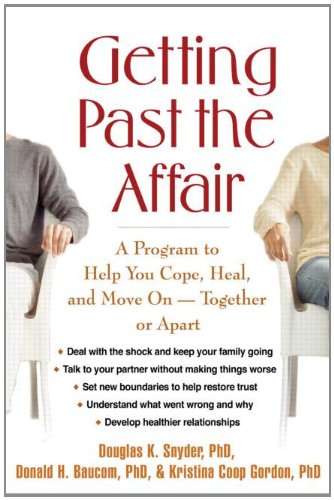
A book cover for Getting Past the Affair: A Program to Help You Cope, Heal, and Move On -- Together or Apart; Douglas K. Snyder; Parenting & Relationships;